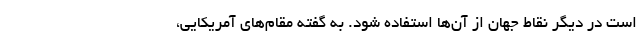
است در دیگر نقاط جهان از آن‌ها استفاده شود. به گفته مقام‌های آمریکایی،